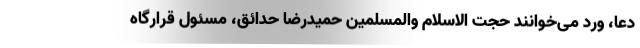
دعا، ورد می‌خوانند حجت الاسلام والمسلمین حمیدرضا حدائق، مسئول قرارگاه